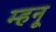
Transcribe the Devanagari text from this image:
म्हनू